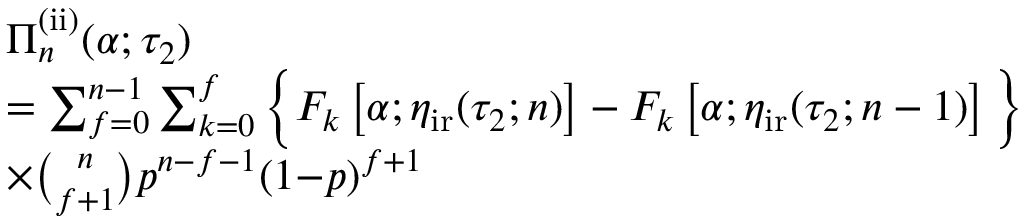
\begin{array} { r l } & { \Pi _ { n } ^ { \mathrm { ( i i ) } } ( \alpha ; \tau _ { 2 } ) } \\ & { = \sum _ { f = 0 } ^ { n - 1 } \sum _ { k = 0 } ^ { f } \Big \{ F _ { k } \left[ \alpha ; \eta _ { \mathrm { i r } } ( \tau _ { 2 } ; n ) \right] - F _ { k } \left[ \alpha ; \eta _ { \mathrm { i r } } ( \tau _ { 2 } ; n - 1 ) \right] \Big \} } \\ & { \times \binom { n } { f + 1 } p ^ { n - f - 1 } ( 1 { - } p ) ^ { f + 1 } } \end{array}